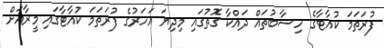
ފުރަތަމަ ކުއާޓާގެ ހިސާބުތައް ދައްކާ ގޮތުގައި މިދިޔަ އަހަރުގެ ފުރަތަމަ ކުއާޓާގައި މީރާއަށް